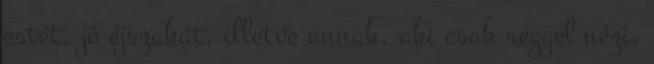
estét, jó éjszakát, illetve annak, aki csak reggel nézi,